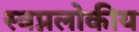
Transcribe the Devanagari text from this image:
स्वप्नलोकीय